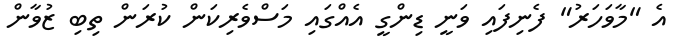
އެ "މާވަހަރު" ފެނިފައި ވަނީ ޑިންގީ އެއްގައި މަސްވެރިކަން ކުރަން ތިބި ޒުވާން